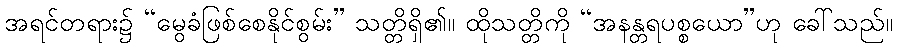
အရင်တရား၌ “မွေခံဖြစ်စေနိုင်စွမ်း” သတ္တိရှိ၏။ ထိုသတ္တိကို “အနန္တရပစ္စယော”ဟု ခေါ်သည်။